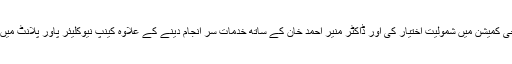
انھوں نے 1960 میں پاکستان اٹامک انرجی کمیشن میں شمولیت اختیار کی اور ڈاکٹر منیر احمد خان کے ساتھ خدمات سر انجام دینے کے علاوہ کینپ نیوکلیئر پاور پلانٹ میں نیوکلیئر انجینئر کے طور پر بھی کام کیا۔